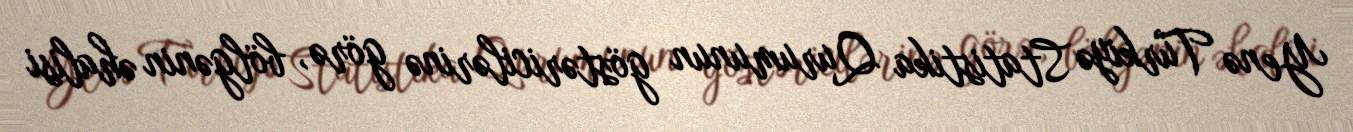
Yenə Türkiyə Statistika Qurumunun göstəricilərinə görə, bölgənin əhalisi